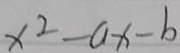
x ^ { 2 } - a x - b